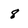
Character: 8